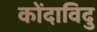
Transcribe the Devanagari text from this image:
कोंदाविदु